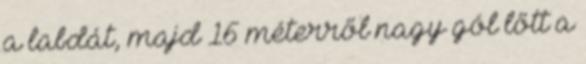
a labdát, majd 16 méterről nagy gól lőtt a